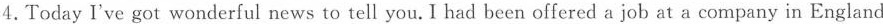
4. Today I've got wonderful news to tell you. I had been offered a job at a company in England